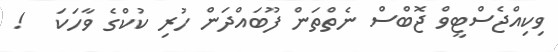
ވިކިއްޖެސްޓީވް ޖޮބްސް ނެތްތަން ފޫބައްދަން ހުރި ކުކްގެ ވާހަކަ   !